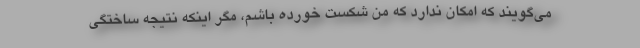
می‌گویند که امکان ندارد که من شکست خورده باشم، مگر اینکه نتیجه ساختگی